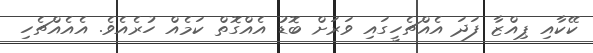
ކޭކާއި ޕިއްޒާ ފަދަ އެއްޗެހީގައި ވަރަށް ބޮޑު އެއްގޮތް ކަމެއް ހުރެއެވެ. އެއެއްޗެހި